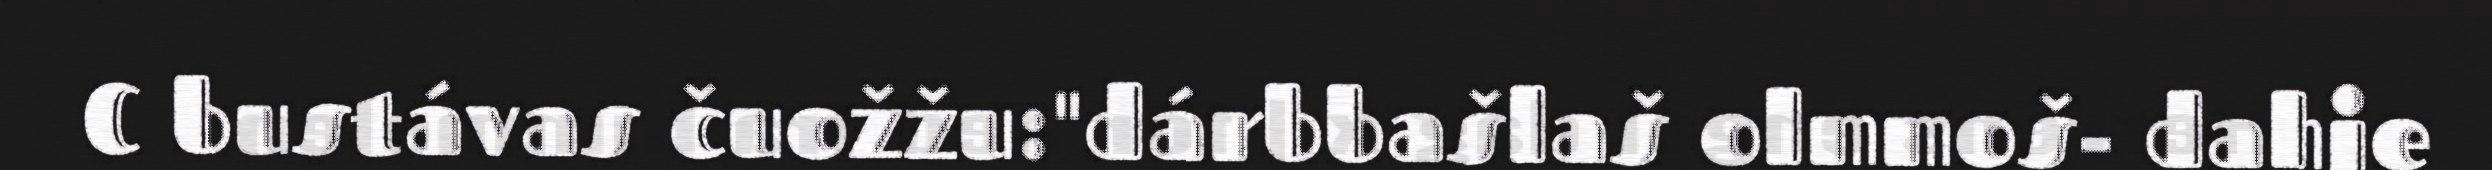
C bustávas čuožžu:"dárbbašlaš olmmoš- dahje